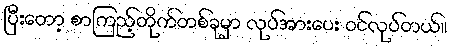
ပြီးတော့ စာကြည့်တိုက်တစ်ခုမှာ လုပ်အားပေး ဝင်လုပ်တယ်။